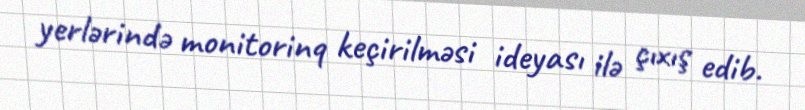
yerlərində monitorinq keçirilməsi ideyası ilə çıxış edib.